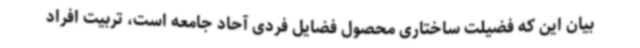
بیان این که فضیلت ساختاری محصول فضایل فردی آحاد جامعه است، تربیت افراد